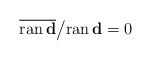
\begin{align*}\overline{ \mathrm{ran}\, \mathbf{d}} \big/ \mathrm{ran}\, \mathbf{d} = 0\end{align*}